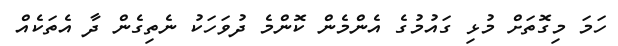
ހަމަ މިގޮތަށް މުޅި ގައުމުގެ އެންމެން ކޮންމެ ދުވަހަކު ނެތިގެން ދާ އެތަކެއް